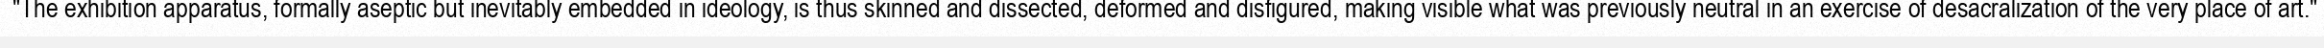
"The exhibition apparatus, formally aseptic but inevitably embedded in ideology, is thus skinned and dissected, deformed and disfigured, making visible what was previously neutral in an exercise of desacralization of the very place of art."